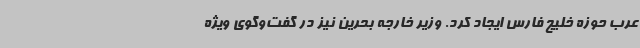
عرب حوزه خلیج فارس ایجاد کرد. وزیر خارجه بحرین نیز در گفت‌وگوی ویژه